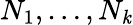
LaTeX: N_{1},\ldots,N_{\mathit{k}}